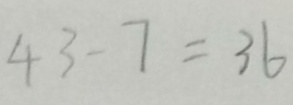
4 3 - 7 = 3 6